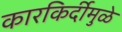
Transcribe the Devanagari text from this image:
कारकिर्दीमुळे